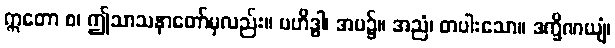
ဣတော စ၊ ဤသာသနာတော်မှလည်း။ ဗဟိဒ္ဓါ၊ အပ၌။ အညံ၊ တပါးသော။ ဒက္ခိဏယျံ၊